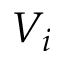
V _ { i }